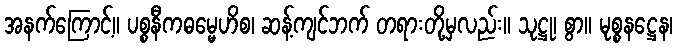
အနက်ကြောင့်။ ပစ္စနီကဓမ္မေဟိစ၊ ဆန့်ကျင်ဘက် တရားတို့မှလည်း။ သုဋ္ဌု၊ စွာ။ မုစ္စနဋ္ဌေန၊